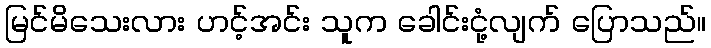
မြင်မိသေးလား ဟင့်အင်း သူက ခေါင်းငုံ့လျက် ပြောသည်။